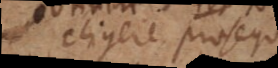
eligere, prosequi,